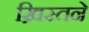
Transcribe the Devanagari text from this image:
ख्रिस्तने